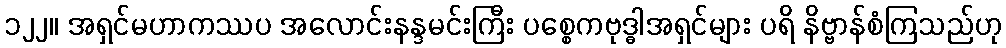
၁၂၂။ အရှင်မဟာကဿပ အလောင်းနန္ဒမင်းကြီး ပစ္စေကဗုဒ္ဓါအရှင်များ ပရိ နိဗ္ဗာန်စံကြသည်ဟု